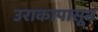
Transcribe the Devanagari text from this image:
उराकापासून